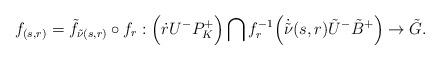
LaTeX: \begin{align*} f_{(s,r)} = \tilde{f}_{\tilde{\nu}(s,r)} \circ f_r: \Big(\dot r U^- P^+_K \Big) \bigcap f_r ^{-1} \Big(\dot{\tilde{\nu}}(s,r) \tilde{U}^{-} \tilde{B}^+ \Big) \rightarrow \tilde{G}.\end{align*}